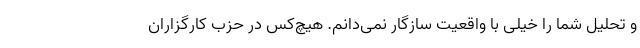
و تحلیل شما را خیلی با واقعیت سازگار نمی‌دانم. هیچ‌کس در حزب کارگزاران